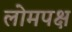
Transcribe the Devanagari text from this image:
लोमपक्ष